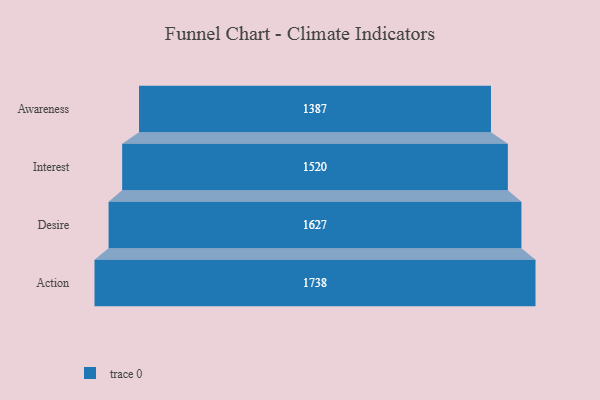
{"axis": {"x": "Stage", "y": "Value"}, "legend": [""], "data": [{"x": "Awareness", "y": 1387.0, "type": ""}, {"x": "Interest", "y": 1520.0, "type": ""}, {"x": "Desire", "y": 1627.0, "type": ""}, {"x": "Action", "y": 1738.0, "type": ""}]}